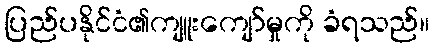
ပြည်ပနိုင်ငံ၏ကျူးကျော်မှုကို ခံရသည်။